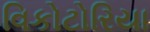
વિકોટોરિયા